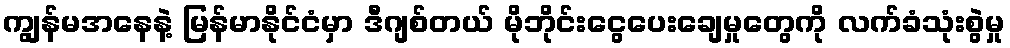
ကျွန်မအနေနဲ့ မြန်မာနိုင်ငံမှာ ဒီဂျစ်တယ် မိုဘိုင်းငွေပေးချေမှုတွေကို လက်ခံသုံးစွဲမှု